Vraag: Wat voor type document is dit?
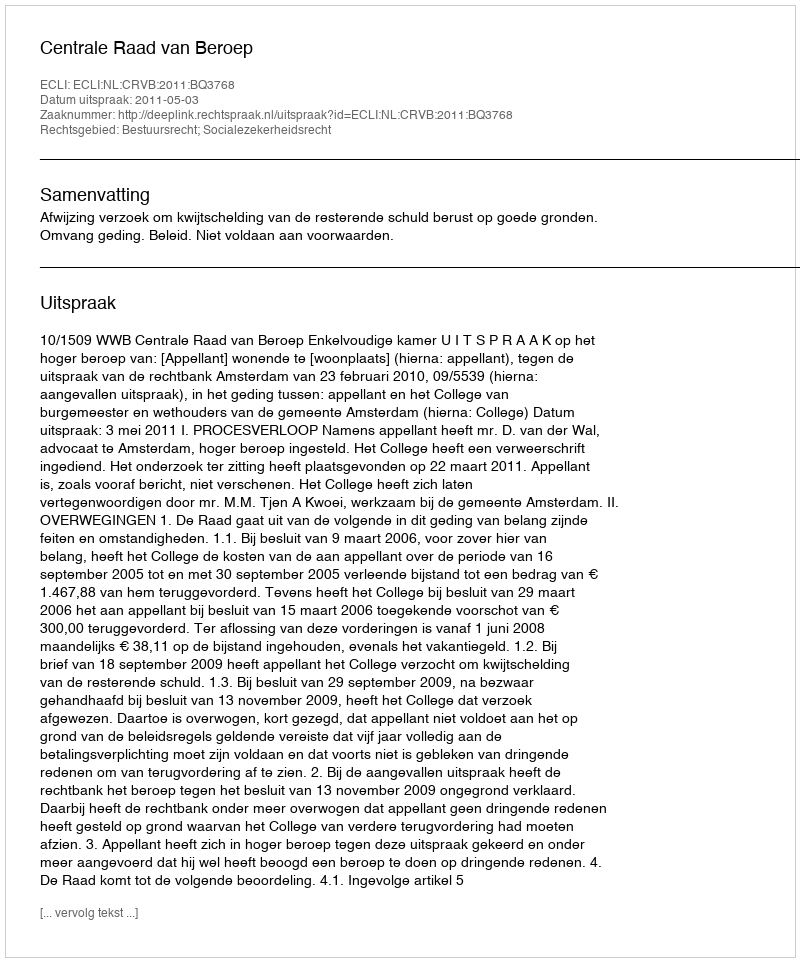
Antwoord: Uitspraak